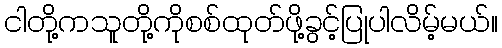
ငါတို့ကသူတို့ကိုစစ်ထုတ်ဖို့ခွင့်ပြုပါလိမ့်မယ်။